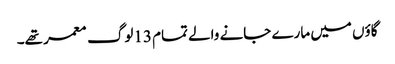
گاؤں میں مارے جانے والے تمام 13لوگ معمر تھے۔